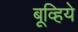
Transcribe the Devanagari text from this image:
बूव्हिये